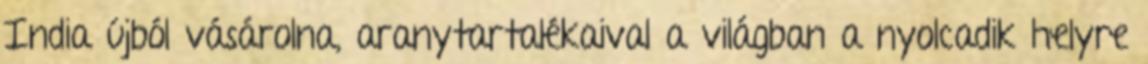
India újból vásárolna, aranytartalékaival a világban a nyolcadik helyre